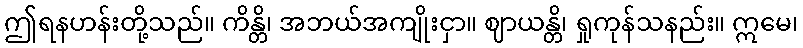
ဤရနဟန်းတို့သည်။ ကိန္တိ၊ အဘယ်အကျိုးငှာ။ ဈာယန္တိ၊ ရှုကုန်သနည်း။ ဣမေ၊